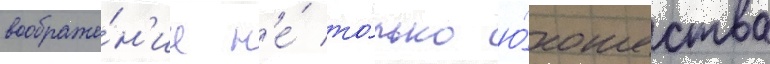
воображе́н'ие н'е́ то́лько ю́ношества